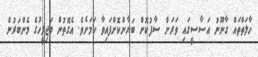
ހާލަތްތައް ގާނޫނު އަސާސީގައި ވަރަށް ސާފުކޮށް ބަޔާންކޮށްފައިވާ ކަމަށެވެ. އެގޮތުން މަޖިލީހުގެ މެންބަރުން